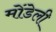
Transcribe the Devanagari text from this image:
मोंडेली